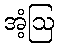
အံ့ဩ